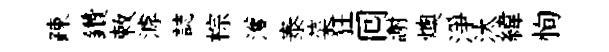
疎鑽敕滹誌棕濩泰菜狂囘謝燠淨汰緯恂